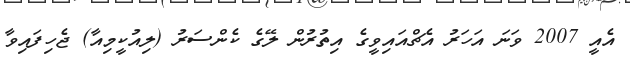
އެއީ 2007 ވަނަ އަހަރު އެޗްއައިވީގެ އިތުރުން ލޭގެ ކެންސަރު (ލިއުކީމިއާ) ޖެހިފައިވާ